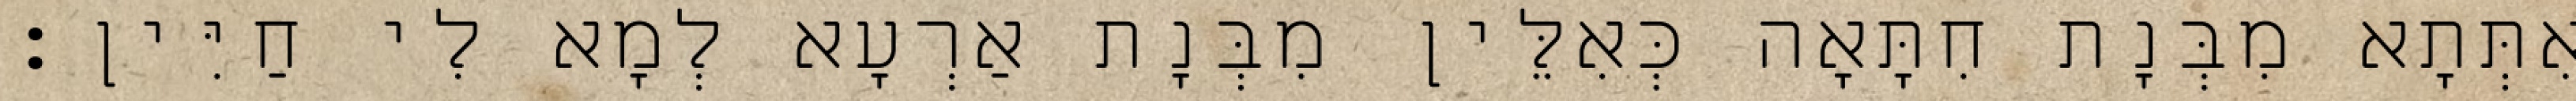
אִתְּתָא מִבְּנָת חִתָּאָה כְּאִלֵּין מִבְּנָת אַרְעָא לְמָא לִי חַיִּין׃